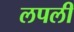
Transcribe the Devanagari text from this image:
लपली